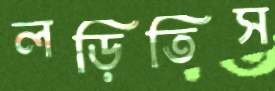
লড়িতিস